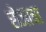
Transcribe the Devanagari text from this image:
रोजाचा